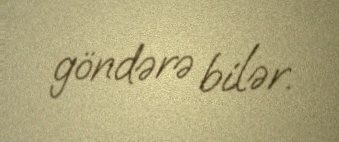
göndərə bilər.